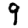
Digit: 9